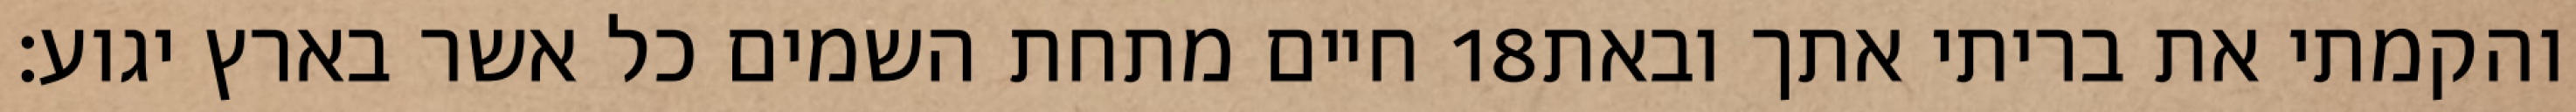
חיים מתחת השמים כל אשר בארץ יגוע׃ ‎18‏ והקמתי את בריתי אתך ובאת